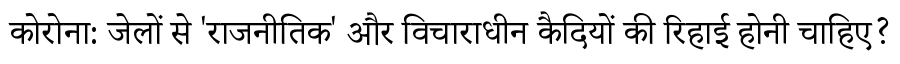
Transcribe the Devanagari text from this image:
कोरोना: जेलों से 'राजनीतिक' और विचाराधीन कैदियों की रिहाई होनी चाहिए?